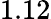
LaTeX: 1.12